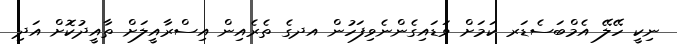
ނިކީ ހޭލޭ އެމްބަސެޑަރ ކަމަށް ވަޑައިގެންނެވިފަހުން އދގެ ތެރެއިން އިސްރާއީލަށް ތާއީދުކޮށް އަދި